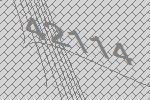
42114